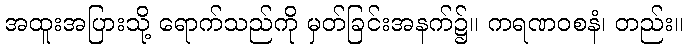
အထူးအပြားသို့ ရောက်သည်ကို မှတ်ခြင်းအနက်၌။ ကရဏဝစနံ၊ တည်း။